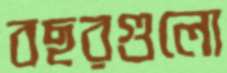
বছরগুলো